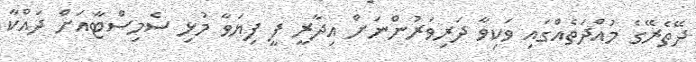
ދޭތެރޭގެ މުއްދަތެއްގައި ވަކިވާ ދަރިވަރުންނަށް އިދާރީ ފީ ފިޔަވާ މުޅި ސެމިސްޓާއަށް ދައްކާ